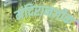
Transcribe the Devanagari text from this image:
मंदिरानजीक